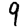
Digit: 9